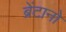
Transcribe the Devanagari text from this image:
ब्रेंटानो